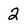
Character: 2